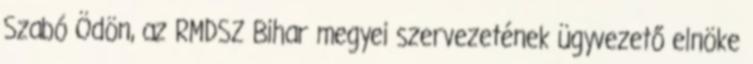
Szabó Ödön, az RMDSZ Bihar megyei szervezetének ügyvezető elnöke